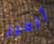
أتغير